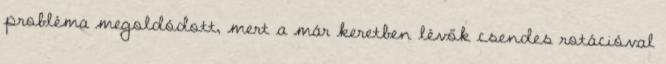
probléma megoldódott, mert a már keretben lévők csendes rotációval